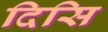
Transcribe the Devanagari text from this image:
दिसि